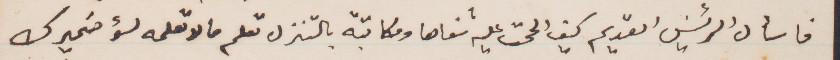
فاسأل الرئيس القديم كيف الححت عليه شفاهًا ومكاتبة بالتنزل تعلم ما لا تعلمه لؤ ضميرك